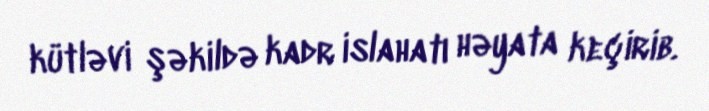
kütləvi şəkildə kadr islahatı həyata keçirib.